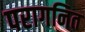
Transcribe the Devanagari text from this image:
परागनित